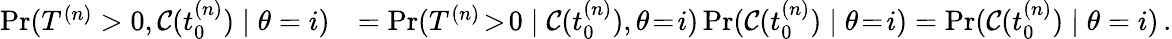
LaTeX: \begin{array}{rl}{\operatorname*{Pr}(T^{(n)}>0,\mathcal{C}(t_{0}^{(n)})\mid\theta=i)}&{=\operatorname*{Pr}(T^{(n)}\! >\! 0\mid\mathcal{C}(t_{0}^{(n)}),\theta\! =\! i)\operatorname*{Pr}(\mathcal{C}(t_{0}^{(n)})\mid\theta\! =\! i)=\operatorname*{Pr}(\mathcal{C}(t_{0}^{(n)})\mid\theta=i)\, .}\end{array}